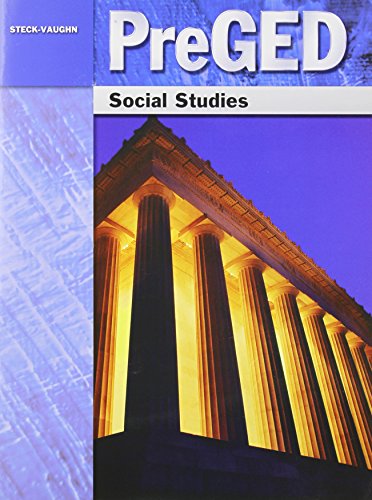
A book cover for Pre-GED: Student Edition Social Studies; STECK-VAUGHN; Test Preparation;